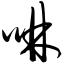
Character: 啉